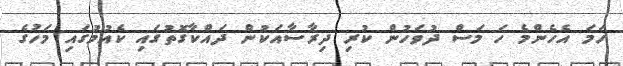
ހަމަ އެހެންމެ ހަ މަސް ދުވަހުން ކުރި ދިރާސާއަކުން ދައްކާގޮތުގައި ކެއުމުގައި މަހުގެ